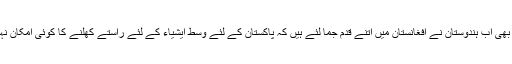
ویسے بھی اب ہندوستان نے افغانستان میں اتنے قدم جما لئے ہیں کہ پاکستان کے لئے وسط ایشیاء کے لئے راستے کھلنے کا کوئی امکان نہیں ہے۔